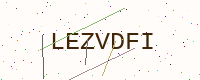
Text: LEZVDFI